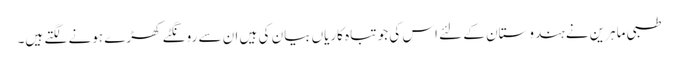
طبی ماہرین نے ہندوستان کے لئے اس کی جو تباہ کاریاں بیان کی ہیں ان سے رونگٹے کھڑے ہونے لگتے ہیں۔